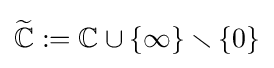
{\widetilde {\mathbb {C} }}:=\mathbb {C} \cup \{\infty \}\smallsetminus \{0\}